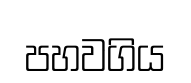
පහවගිය